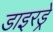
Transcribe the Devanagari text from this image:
डाइरड्रे